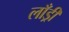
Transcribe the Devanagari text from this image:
लाँड्री